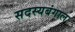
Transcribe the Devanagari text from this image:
सदस्यबंगाल